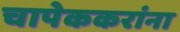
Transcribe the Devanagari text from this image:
चापेककरांना